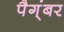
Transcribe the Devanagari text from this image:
पैग्ंबर